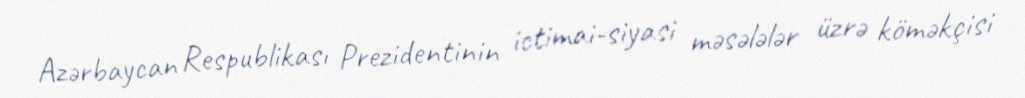
Azərbaycan Respublikası Prezidentinin ictimai-siyasi məsələlər üzrə köməkçisi